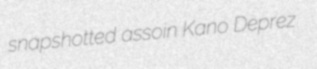
snapshotted assoin Kano Deprez